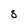
Character: 8